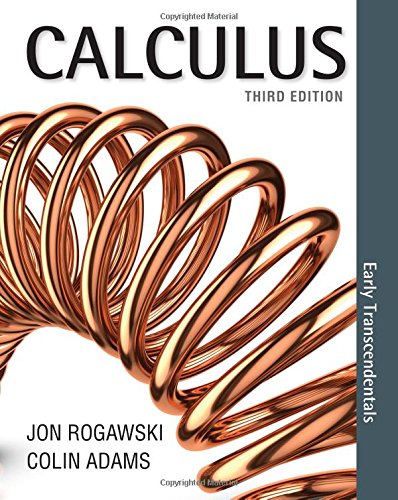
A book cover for Calculus: Early Transcendentals; Jon Rogawski; Science & Math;